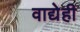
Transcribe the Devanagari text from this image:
वाद्येही